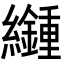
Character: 𦇮